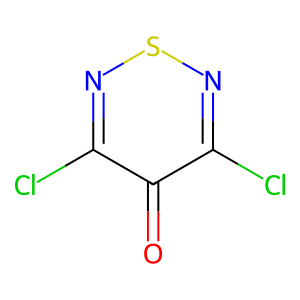
SMILES: O=c1c(Cl)nsnc1Cl
Inhibits HIV replication: No